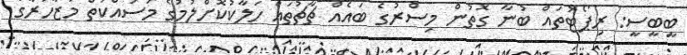
ބީބީސީ: ރިޕޯޓުތައް ބުނާ ގޮތުން މިސްރުގެ ބައެއް ޗާޗުތައް ހަލާކުކޮށްލުމުގެ މަސައްކަތް މުޒާހަރާގެ